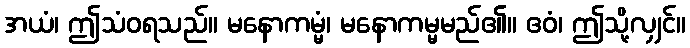
အယံ၊ ဤသံဝရသည်။ မနောကမ္မံ၊ မနောကမ္မမည်၏။ ဧဝံ၊ ဤသို့လျှင်။